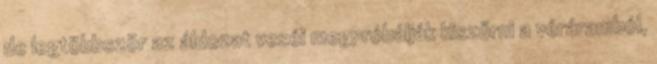
de legtöbbször az áldozat veséi megpróbálják kiszűrni a véráramból,